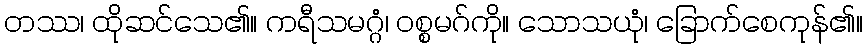
တဿ၊ ထိုဆင်သေ၏။ ကရီသမဂ္ဂံ၊ ဝစ္စမဂ်ကို။ သောသယုံ၊ ခြောက်စေကုန်၏။